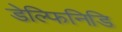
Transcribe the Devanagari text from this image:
डेल्फिनिडि